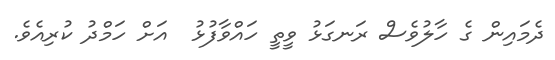
ދެމައިން ގެ ހާލުވެސް ރަނގަޅު ވީތީ ހައްވާފުޅު  އަށް ހަމްދު ކުރިއެވެ.